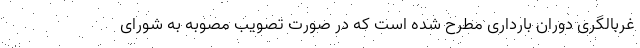
غربالگری دوران بارداری مطرح شده است که در صورت تصویب مصوبه به شورای